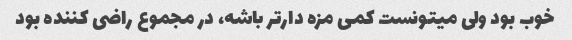
خوب بود ولی میتونست کمی مزه دار‌تر باشه، در مجموع راضی کننده بود